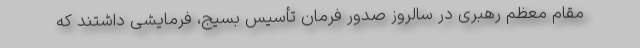
مقام معظم رهبری در سالروز صدور فرمان تأسیس بسیج، فرمایشی داشتند که